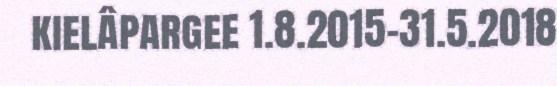
kielâpargee 1.8.2015-31.5.2018